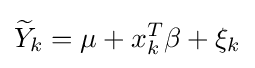
{\widetilde {Y}}_{k}=\mu +x_{k}^{T}\beta +\xi _{k}